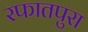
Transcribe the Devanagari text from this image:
रफातपुरा